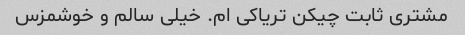
مشتری ثابت چیکن تریاکی ام. خیلی سالم و خوشمزس